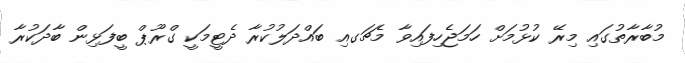
މުބާރާތުގައި މިރޭ ކުޅުމަށް ހަމަޖެހިފައިވާ މެޗަގއި ބައްދަލުކުރާ ދެޓީމަކީ ގްރޫޕް ބީފަޅިން ބާދަކުރާ